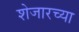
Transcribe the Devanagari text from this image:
शेजारच्‍या